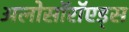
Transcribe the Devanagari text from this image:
अलोसॉरॉएड्स